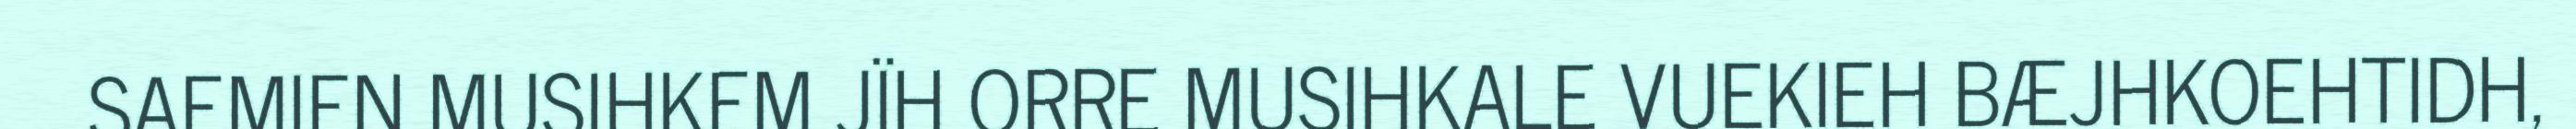
SAEMIEN MUSIHKEM JÏH ORRE MUSIHKALE VUEKIEH BÆJHKOEHTIDH,